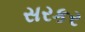
સરકર